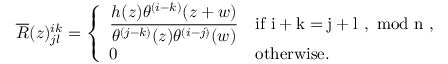
\overline { { { R } } } ( z ) _ { j l } ^ { i k } = \left\{ \begin{array} { l l } { { \displaystyle \frac { h ( z ) \theta ^ { ( i - k ) } ( z + w ) } { \theta ^ { ( j - k ) } ( z ) \theta ^ { ( i - j ) } ( w ) } } } & { { \mathrm { i f ~ i + k = j + l ~ , ~ m o d ~ n ~ , } } } \\ { { 0 } } & { { \mathrm { o t h e r w i s e . } } } \end{array} \right.